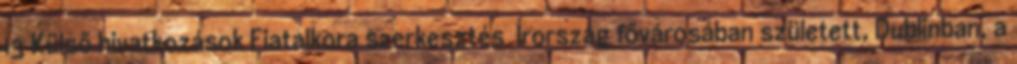
13 Külső hivatkozások Fiatalkora szerkesztés Írország fővárosában született, Dublinban, a